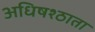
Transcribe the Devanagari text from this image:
अधिषश्ठाता